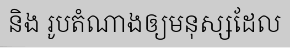
និង រូបតំណាងឲ្យមនុស្សដែល